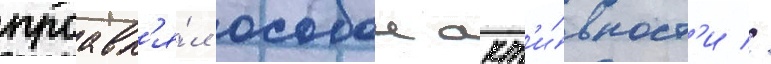
проавл'я́л особои акт'и́вност'и //